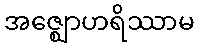
အဇ္ဈောဟရိဿာမ